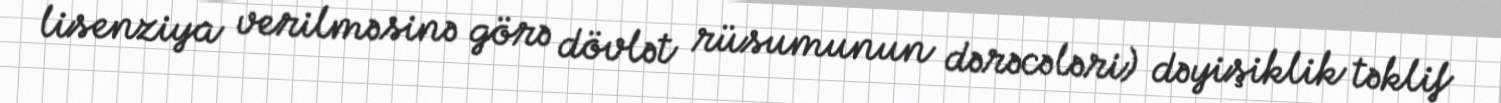
lisenziya verilməsinə görə dövlət rüsumunun dərəcələri) dəyişiklik təklif